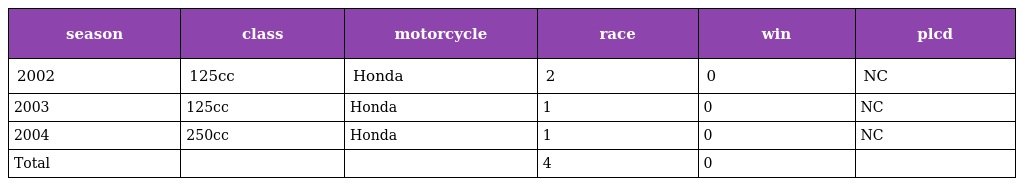
| season | class | motorcycle | race | win | plcd |
 | --- | --- | --- | --- | --- | --- |
 | 2002 | 125cc | Honda | 2 | 0 | NC |
 | 2003 | 125cc | Honda | 1 | 0 | NC |
 | 2004 | 250cc | Honda | 1 | 0 | NC |
 | Total |  |  | 4 | 0 |  |